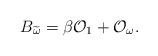
LaTeX: \begin{align*}B_{\widetilde{\omega}}=\beta {\cal O}_1+{\cal O}_{\omega}.\end{align*}